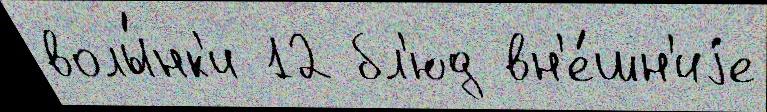
волы́нк'и 12 бл'юд вн'е́шн'иjе